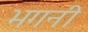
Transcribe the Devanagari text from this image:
भगनी